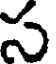
స